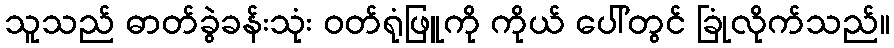
သူသည် ဓာတ်ခွဲခန်းသုံး ဝတ်ရုံဖြူကို ကိုယ် ပေါ်တွင် ခြုံလိုက်သည်။